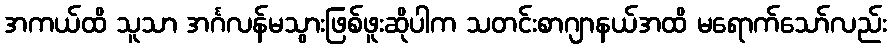
အကယ်ထိ သူသာ အင်္ဂလန်မသွားဖြစ်ဖူးဆိုပါက သတင်းစာဂျာနယ်အထိ မရောက်သော်လည်း